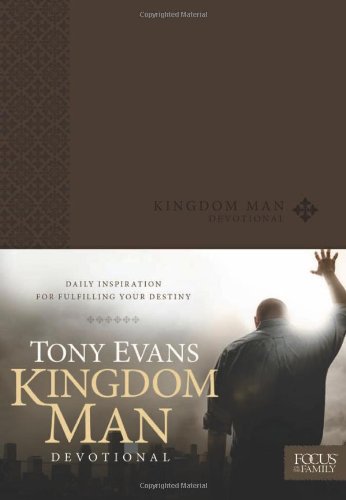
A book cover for Kingdom Man Devotional; Tony Evans; Christian Books & Bibles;